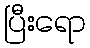
ပြီးရော